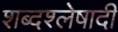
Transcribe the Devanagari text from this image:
शब्दश्लेषादी